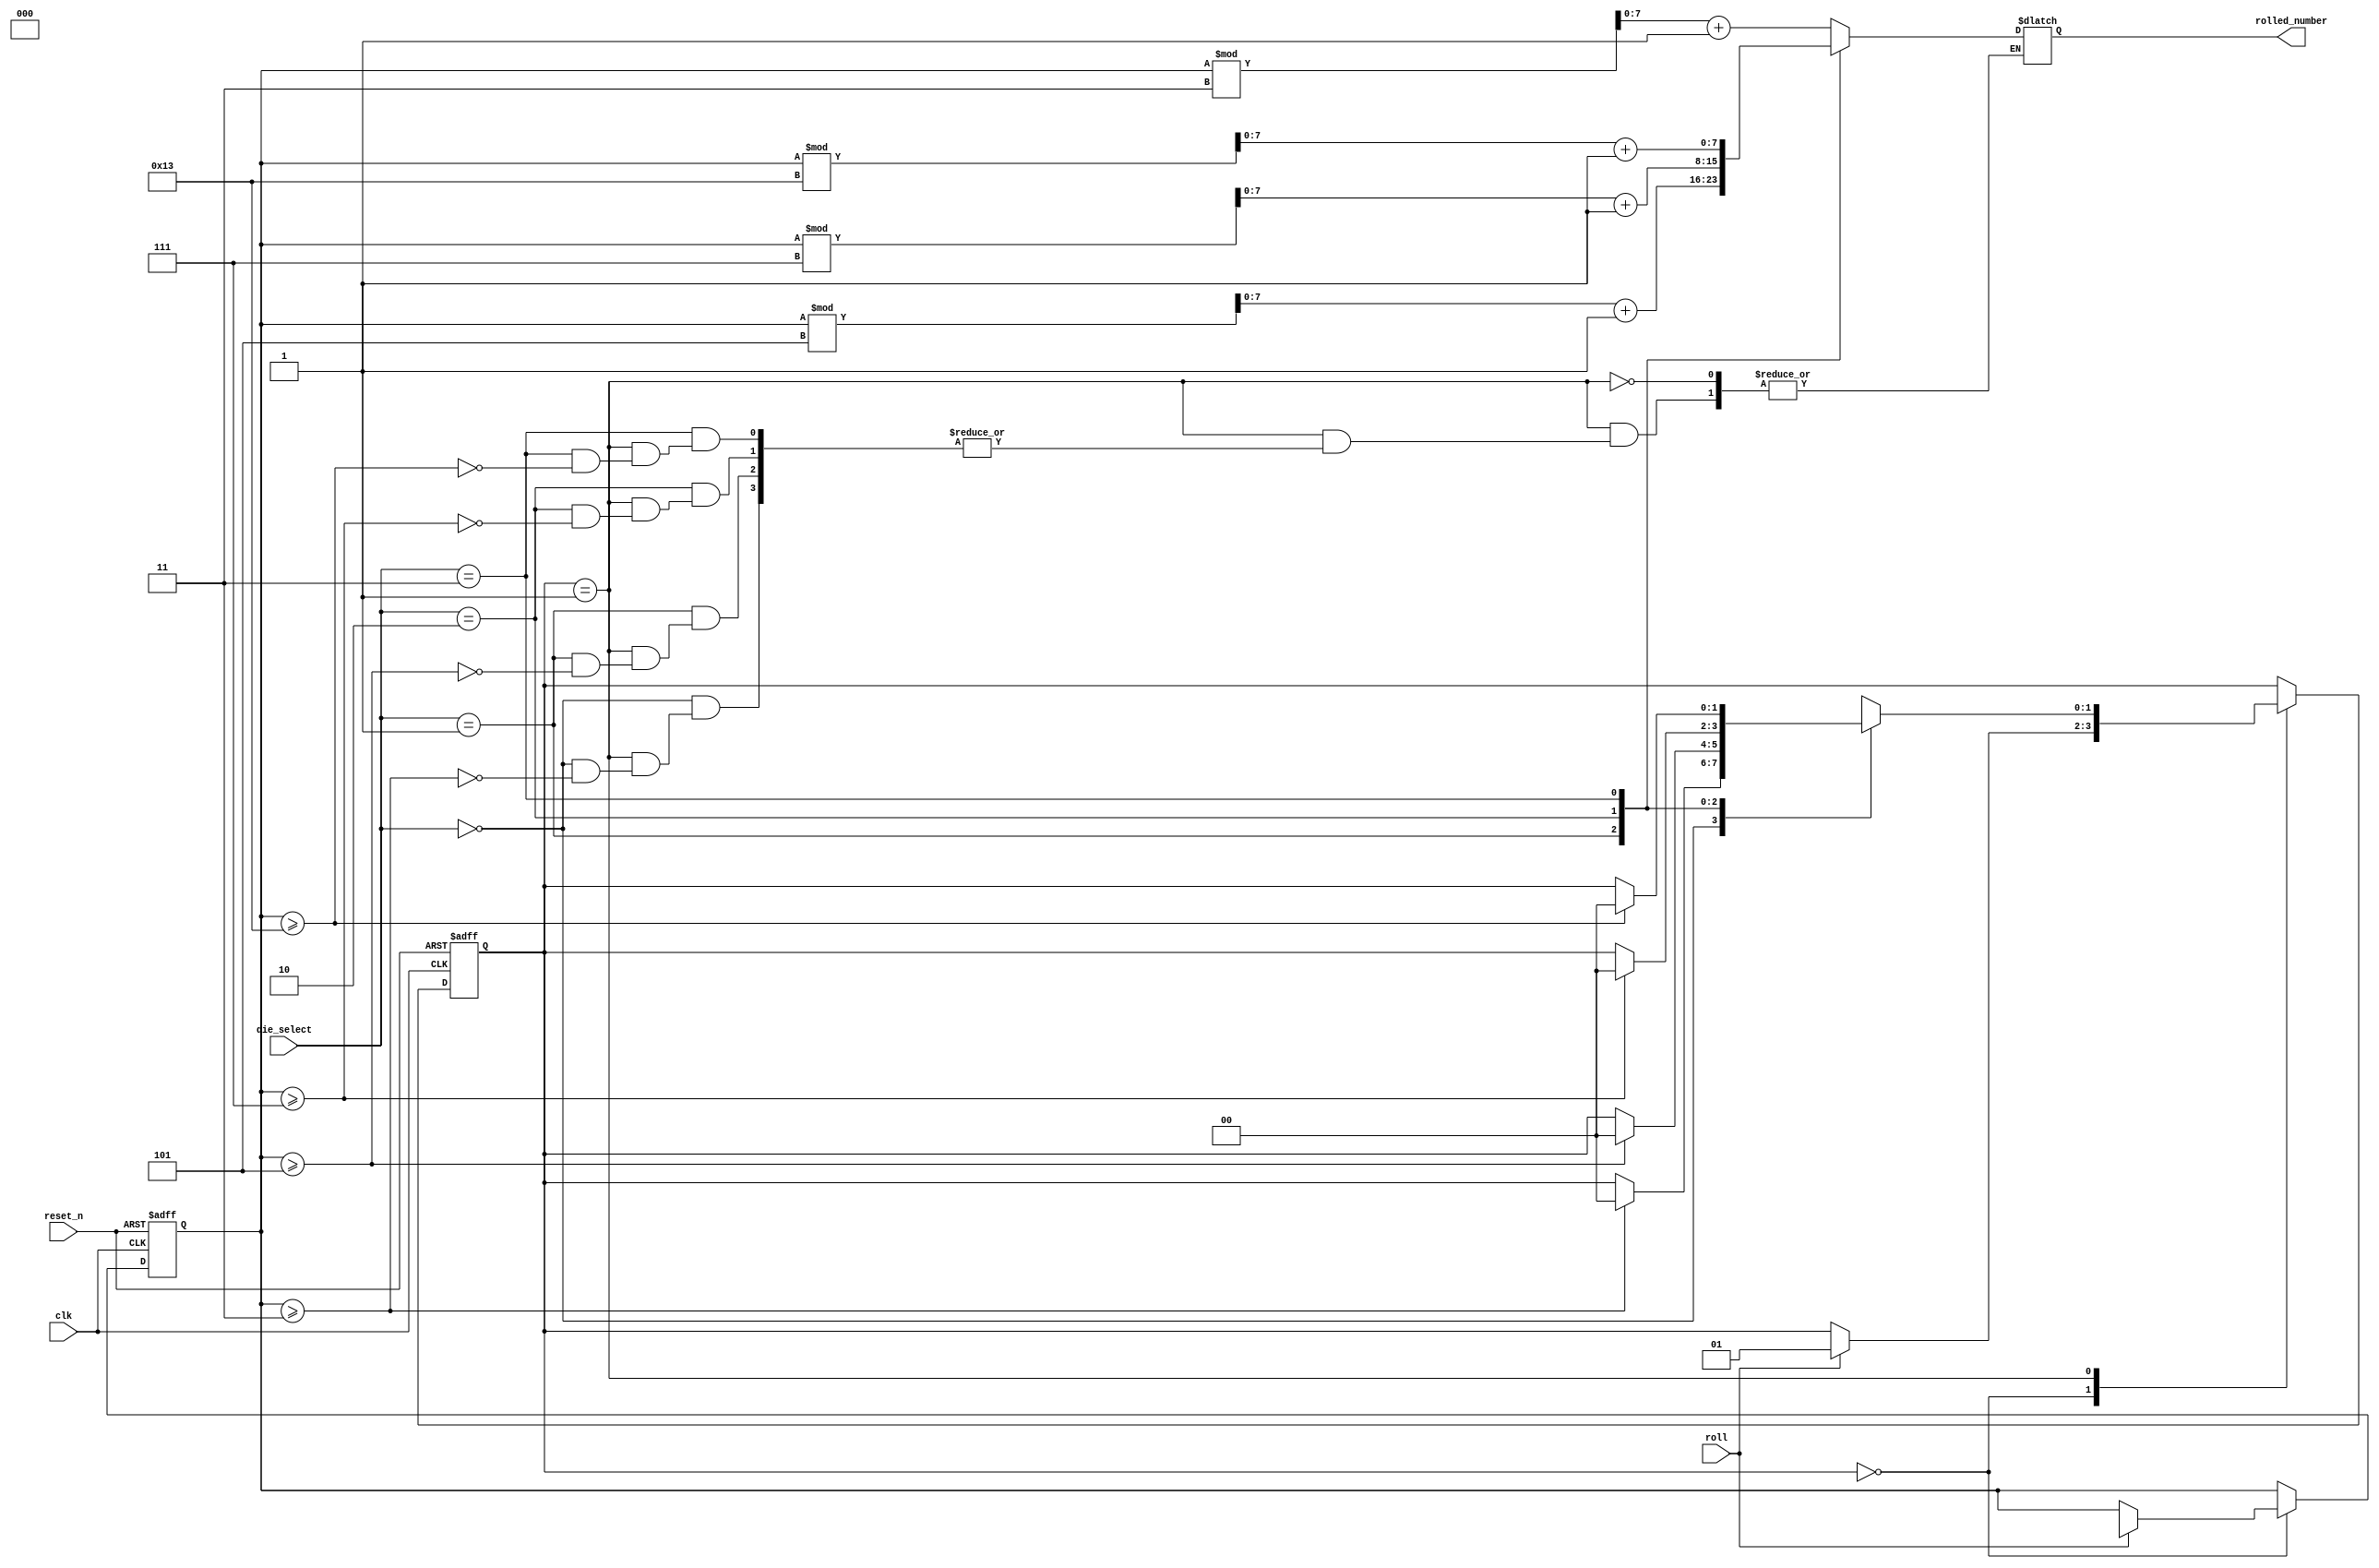
module dice_roller (
    input wire clk,
    input wire reset_n,
    input wire [1:0] die_select,
    input wire roll,
    output reg [7:0] rolled_number
);

    // Define states for the state machine
    localparam IDLE = 2'd0, ROLLING = 2'd1;

    // Define the maximum number for each die
    localparam MAX_NUMBERS_4 = 4'd3;
    localparam MAX_NUMBERS_6 = 6'd5;
    localparam MAX_NUMBERS_8 = 8'd7;
    localparam MAX_NUMBERS_20 = 20'd19;

    // Define registers for the state machine
    reg [1:0] state_reg, state_next;
    reg [7:0] rolled_number_reg;

    // Define registers for the random number generator
    reg [3:0] rand_reg;
    reg [3:0] rand_next;

    // Initialize registers
    initial begin
        state_reg = IDLE;
        rolled_number_reg = 8'd0;
        rand_reg = 4'd0;
        rand_next = 4'd0;
    end

    // State machine logic
    always @ (posedge clk, negedge reset_n) begin
        if (~reset_n) begin
            state_reg <= IDLE;
            rolled_number_reg <= 8'd0;
            rand_reg <= 4'd0;
        end
        else begin
            state_reg <= state_next;
            rolled_number_reg <= rolled_number;
            rand_reg <= rand_next;
        end
    end

    // State transitions and output logic
    always @ (*) begin
        state_next = state_reg;
        rand_next = rand_reg;

        case (state_reg)
            IDLE:
                if (roll) begin
                    state_next = ROLLING;
                    rand_next = $random;
                end
            ROLLING:
                case (die_select)
                    2'b00:
                        if (rand_reg >= MAX_NUMBERS_4) begin
                            state_next = IDLE;
                            rolled_number = rand_reg % MAX_NUMBERS_4 + 1;
                        end
                    2'b01:
                        if (rand_reg >= MAX_NUMBERS_6) begin
                            state_next = IDLE;
                            rolled_number = rand_reg % MAX_NUMBERS_6 + 1;
                        end
                    2'b10:
                        if (rand_reg >= MAX_NUMBERS_8) begin
                            state_next = IDLE;
                            rolled_number = rand_reg % MAX_NUMBERS_8 + 1;
                        end
                    2'b11:
                        if (rand_reg >= MAX_NUMBERS_20) begin
                            state_next = IDLE;
                            rolled_number = rand_reg % MAX_NUMBERS_20 + 1;
                        end
                endcase
        endcase
    end

endmodule